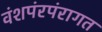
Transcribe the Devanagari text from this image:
वंशपंरपंरागत